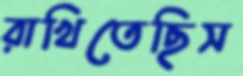
রাখিতেছিস